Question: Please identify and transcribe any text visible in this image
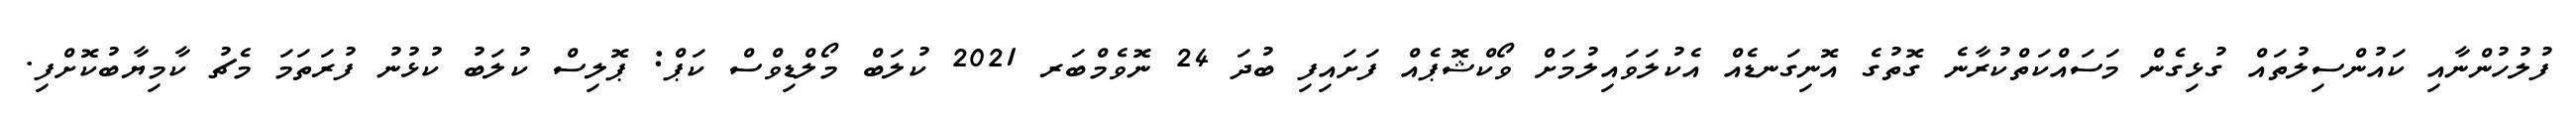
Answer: ފުލުހުންނާއި ކައުންސިލުތައް ގުޅިގެން މަސައްކަތްކުރާނެ ގޮތުގެ އޮނިގަނޑެއް އެކުލަވައިލުމަށް ވޯކްޝޮޕެއް ފަށައިފި ބުދަ 24 ނޮވެމްބަރ 2021 ކުލަބް މޯލްޑިވްސް ކަޕް: ޕޮލިސް ކުލަބު ކުޅުނު ފުރަތަމަ މެޗު ކާމިޔާބުކޮށްފި.